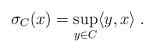
LaTeX: \begin{align*}\sigma_C(x) = \sup_{y \in C} \langle y, x \rangle \; .\end{align*}